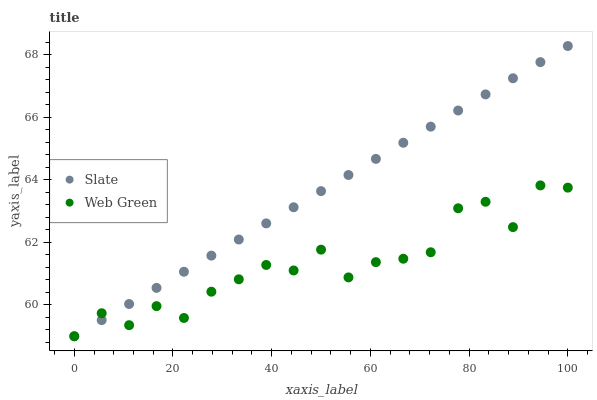
| xaxis_label | Slate | Web Green |
 | --- | --- | --- |
 | 0 | 59 | 59 |
 | 5.56 | 59.5 | 59.7 |
 | 11.1 | 60 | 59.4 |
 | 16.7 | 60.5 | 60 |
 | 22.2 | 61.1 | 59.6 |
 | 27.8 | 61.6 | 60.4 |
 | 33.3 | 62.1 | 60.8 |
 | 38.9 | 62.6 | 61.3 |
 | 44.4 | 63.1 | 61.1 |
 | 50 | 63.6 | 61.8 |
 | 55.6 | 64.2 | 60.9 |
 | 61.1 | 64.7 | 61.4 |
 | 66.7 | 65.2 | 61.5 |
 | 72.2 | 65.7 | 61.7 |
 | 77.8 | 66.2 | 63.1 |
 | 83.3 | 66.7 | 63.3 |
 | 88.9 | 67.2 | 62.5 |
 | 94.4 | 67.8 | 63.8 |
 | 100 | 68.3 | 63.8 |